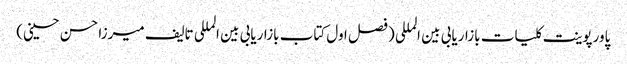
پاورپوینت کلیات بازاریابی بین المللی (فصل اول کتاب بازاریابی بین المللی تالیف میرزا حسن حسینی)